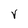
Character: V